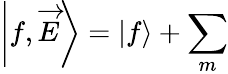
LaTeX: \left|f,\overrightarrow{E}\right\rangle=\left|f\right\rangle+\sum_{m}